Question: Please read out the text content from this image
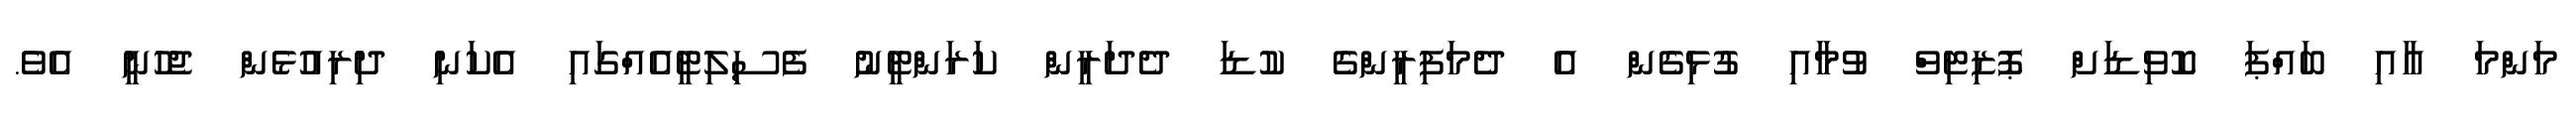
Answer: މަންމަ އާއި ބައްޕަ ކޮވިޑަށް ޕޮޒިޓިވް ވުމާއި ގުޅިގެން އެ ދެމަފިރީންގެ ކުޑަ ދެދަރީން ކަރަންޓީނު ފެސިލިޓީއެއްގައި އެކަނި ދިރިއުޅެން ޖެހުނީ އެވެ.